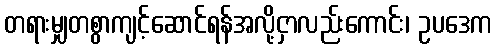
တရားမျှတစွာကျင့်ဆောင်ရန်အလို့ငှာလည်းကောင်း၊ ဥပဒေက